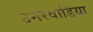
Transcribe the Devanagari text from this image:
उमरवाडिया